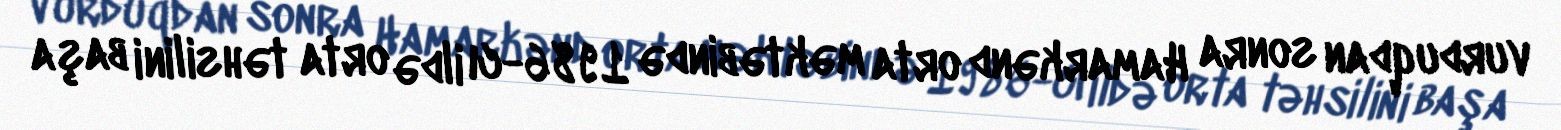
vurduqdan sonra Hamarkənd orta məktəbində 1986-cı ildə orta təhsilini başa